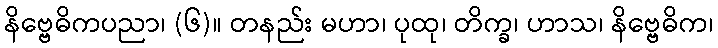
နိဗ္ဗေဓိကပညာ၊ (၆)။ တနည်း မဟာ၊ ပုထု၊ တိက္ခ၊ ဟာသ၊ နိဗ္ဗေဓိက၊